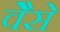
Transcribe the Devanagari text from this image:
वैेसे